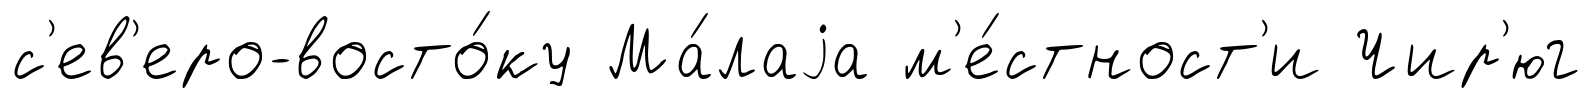
с'ев'еро-восто́ку Ма́лаjа м'е́стност'и Чир'юг